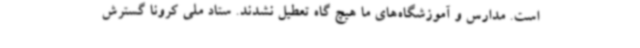
است. مدارس و آموزشگاه‌های ما هیچ گاه تعطیل نشدند. ستاد ملی کرونا گسترش